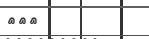
١٢٨